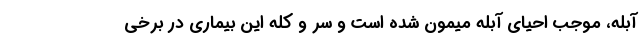
آبله، موجب احیای آبله میمون شده است و سر و کله این بیماری در برخی